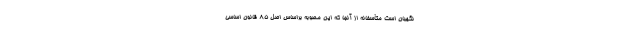
نگهبان است متأسفانه از آنجا که این مصوبه براساس اصل ۸۵ قانون اساسی